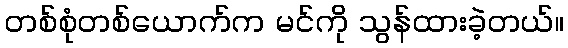
တစ်စုံတစ်ယောက်က မင်ကို သွန်ထားခဲ့တယ်။